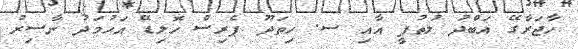
ހާޖަރާގޭ އަބްދު ލުތުފީ އާއި ސ. ހިތަދޫ ޕެރިސް ހޮލިޑޭ އަހުމަދު ނާސިރު